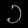
Digit: ၁